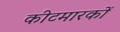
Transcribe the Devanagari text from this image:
कीटमारकों